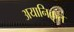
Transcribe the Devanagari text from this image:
अयानिकृत